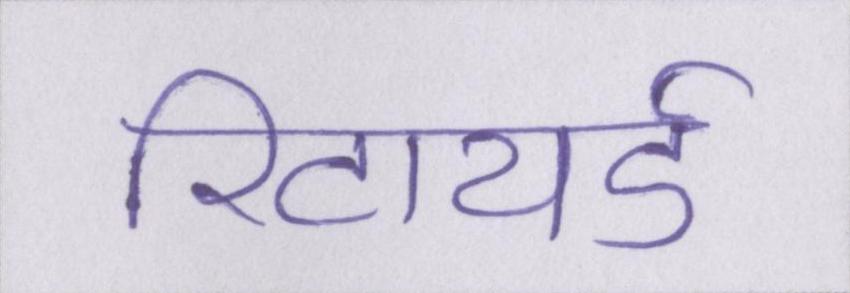
रिटायर्ड